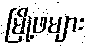
မြို့ဖများ